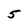
Character: 5